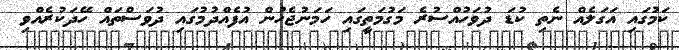
ކަމުގައި އަގަލެއް ނެތި ކުޑަ ދުވަހުއްސުރެ މަގުމަތީގައި ހަމަނުޖެހުން އުފެއްދުމުގައި ދުވަސްތައް ހޭދަކުރެއްވި